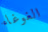
الغوغاء